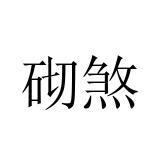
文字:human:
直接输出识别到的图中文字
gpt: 砌煞